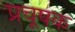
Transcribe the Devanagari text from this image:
प्रचूषक